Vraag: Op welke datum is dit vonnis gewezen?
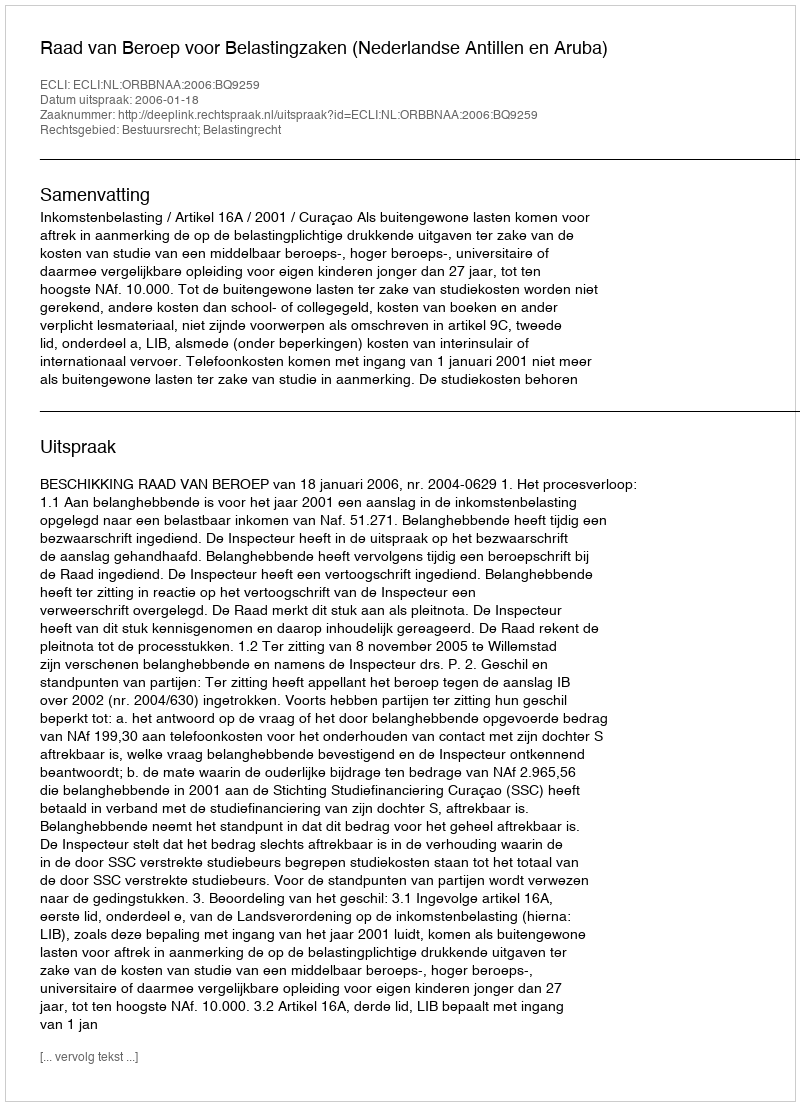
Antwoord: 2006-01-18